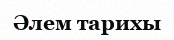
Әлем тарихы